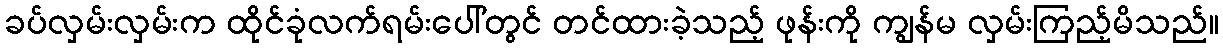
ခပ်လှမ်းလှမ်းက ထိုင်ခုံလက်ရမ်းပေါ်တွင် တင်ထားခဲ့သည့် ဖုန်းကို ကျွန်မ လှမ်းကြည့်မိသည်။